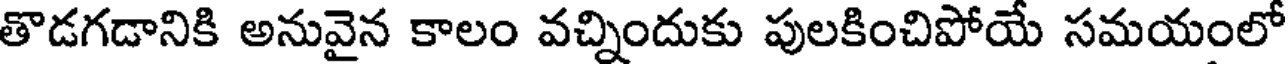
తొడగడానికి అనువైన కాలం వచ్నిందుకు పులకించిపోయే సమయంలో